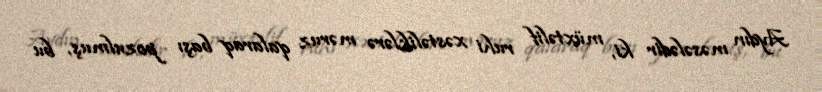
Aydın məsələdir ki, müxtəlif ruhi xəstəliklərə məruz qalaraq başı pozulmuş, bu